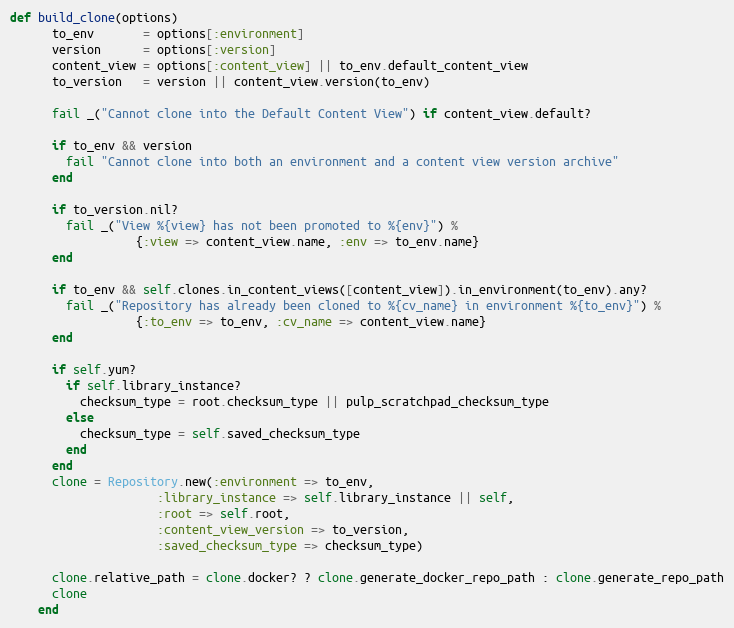
Language: Ruby
def build_clone(options)
      to_env       = options[:environment]
      version      = options[:version]
      content_view = options[:content_view] || to_env.default_content_view
      to_version   = version || content_view.version(to_env)

      fail _("Cannot clone into the Default Content View") if content_view.default?

      if to_env && version
        fail "Cannot clone into both an environment and a content view version archive"
      end

      if to_version.nil?
        fail _("View %{view} has not been promoted to %{env}") %
                  {:view => content_view.name, :env => to_env.name}
      end

      if to_env && self.clones.in_content_views([content_view]).in_environment(to_env).any?
        fail _("Repository has already been cloned to %{cv_name} in environment %{to_env}") %
                  {:to_env => to_env, :cv_name => content_view.name}
      end

      if self.yum?
        if self.library_instance?
          checksum_type = root.checksum_type || pulp_scratchpad_checksum_type
        else
          checksum_type = self.saved_checksum_type
        end
      end
      clone = Repository.new(:environment => to_env,
                     :library_instance => self.library_instance || self,
                     :root => self.root,
                     :content_view_version => to_version,
                     :saved_checksum_type => checksum_type)

      clone.relative_path = clone.docker? ? clone.generate_docker_repo_path : clone.generate_repo_path
      clone
    end